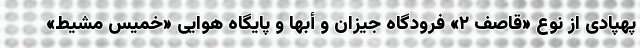
پهپادی از نوع «قاصف ۲» فرودگاه جیزان و أبها و پایگاه هوایی «خمیس مشیط»